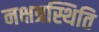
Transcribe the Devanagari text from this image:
नक्षत्रस्थिति